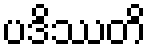
ပဒိဿတိ